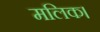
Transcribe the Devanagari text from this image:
मलिक।